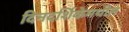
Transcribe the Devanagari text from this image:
दिनदर्शिकेमधील